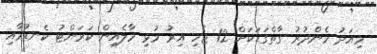
މިއަދު މެންދުރު ގާތްގަޑަކަށް 12 ޖެހި އިރު މުޅި މާލެއިން ކަރަންޓު ކެނޑުމާއި